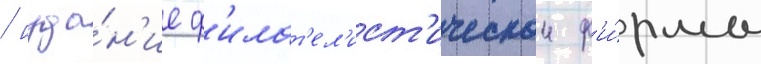
/ изда́н'ие ф'илат'ел'ист'ическои ф'и́рмы